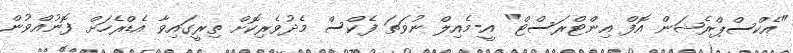
"އެކްސްޕްރެޝަން އޮފް އިންޓްރަސްޓް" އީ-މެއިލް ނުވަތަ ފެކްސް މެދުވެރިކޮށް ތިރީގައިވާ އެޑްރެހަށް ފޮނުއްވުން